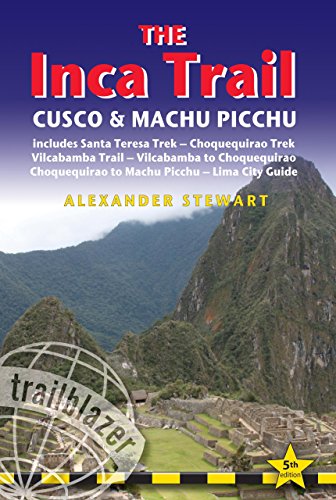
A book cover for Inca Trail, Cusco & Machu Picchu: Includes Santa Teresa Trek, Choquequirao Trek, Vilcabamba Trail, Vilcabamba To Choquequirao, Choquequirao To Machu ... Inca Trail, Cusco & Machu Picchu); Alexander Der Stewart; Travel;